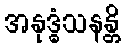
အနုဒ္ဓံသနန္တိ